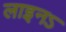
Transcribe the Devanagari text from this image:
लाइनऽ